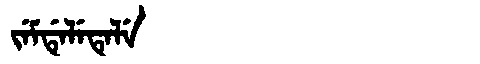
Manchu: ᠵᡝᠮᡩᡝᠯᡝᡨᡝᠯᡝ
Romanization: JEMDELETELE